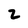
Character: 2